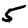
Digit: 5